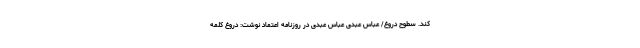
کند. سطوح دروغ/ عباس عبدی عباس عبدی در روزنامه اعتماد نوشت: دروغ کلمه